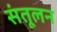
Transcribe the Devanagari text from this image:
संतूलन